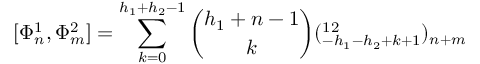
[ \Phi _ { n } ^ { 1 } , \Phi _ { m } ^ { 2 } ] = \sum _ { k = 0 } ^ { h _ { 1 } + h _ { 2 } - 1 } { \binom { h _ { 1 } + n - 1 } { k } } ( \O _ { - h _ { 1 } - h _ { 2 } + k + 1 } ^ { 1 2 } ) _ { n + m }